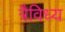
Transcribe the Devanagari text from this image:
त्रैविध्य